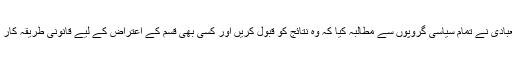
ادھر حیدر العبادی نے تمام سیاسی گروپوں سے مطالبہ کیا کہ وہ نتائج کو قبول کریں اور کسی بھی قسم کے اعتراض کے لیے قانونی طریقہ کار اختیار کریں۔